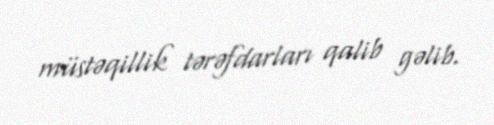
müstəqillik tərəfdarları qalib gəlib.